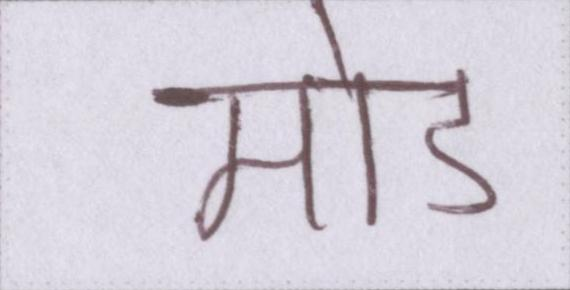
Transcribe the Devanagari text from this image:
मोड